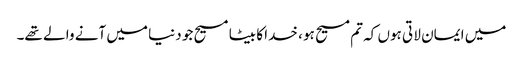
میں ایمان لا تی ہوں کہ تم مسیح ہو ، خدا کا بیٹا مسیح جو دنیا میں آنے وا لے تھے۔